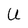
Character: U